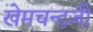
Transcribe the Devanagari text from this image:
खेमचन्दजी